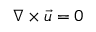
\nabla \times \vec { u } = 0